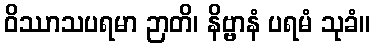
ဝိဿာသပရမာ ဉာတိ၊ နိဗ္ဗာနံ ပရမံ သုခံ။